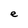
Character: e